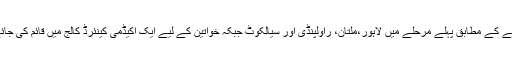
منصوبے کے مطابق پہلے مرحلے میں لاہور،ملتان، راولپنڈی اور سیالکوٹ جبکہ خواتین کے لیے ایک اکیڈمی کینئرڈ کالج میں قائم کی جائے گی۔